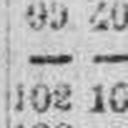
102 10